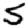
Digit: 5